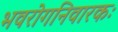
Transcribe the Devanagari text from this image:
भवरोगनिवारकः